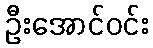
ဦးအောင်ဝင်း